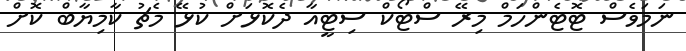
ނަމަވެސް ޓޮޓެންހަމް މިރޭ ސްޓޯކް ސިޓީއާ ދެކޮޅަށް ކުޅޭ މެޗު ކާމިޔާބް ކޮށް